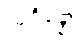
သုဒိန္နော